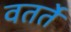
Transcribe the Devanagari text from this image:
वतर्ते